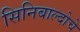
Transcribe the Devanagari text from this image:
सिनिबाल्दोचे